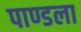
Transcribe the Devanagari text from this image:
पाण्डला